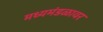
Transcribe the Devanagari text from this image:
मध्यमंडळावर